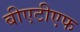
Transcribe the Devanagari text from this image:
बीएटीएफ